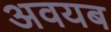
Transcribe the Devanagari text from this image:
अवयब